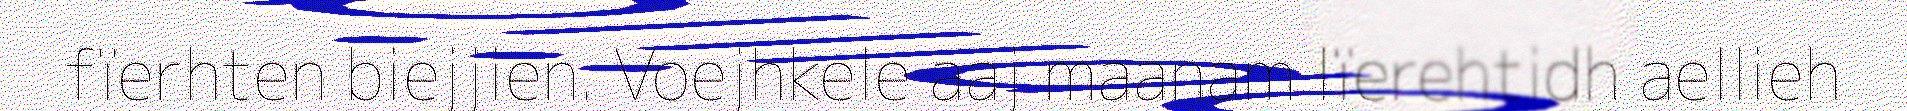
fïerhten biejjien. Voejhkele aaj maanam lïerehtidh aellieh